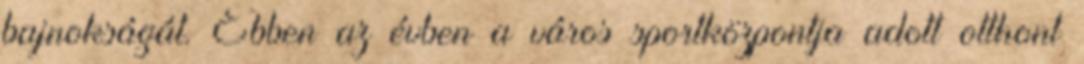
bajnokságát. Ebben az évben a város sportközpontja adott otthont